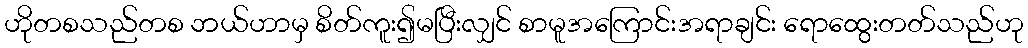
ဟိုတစသည်တစ ဘယ်ဟာမှ စိတ်ကူး၍မပြီးလျှင် စာမူအကြောင်းအရာချင်း ရောထွေးတတ်သည်ဟု